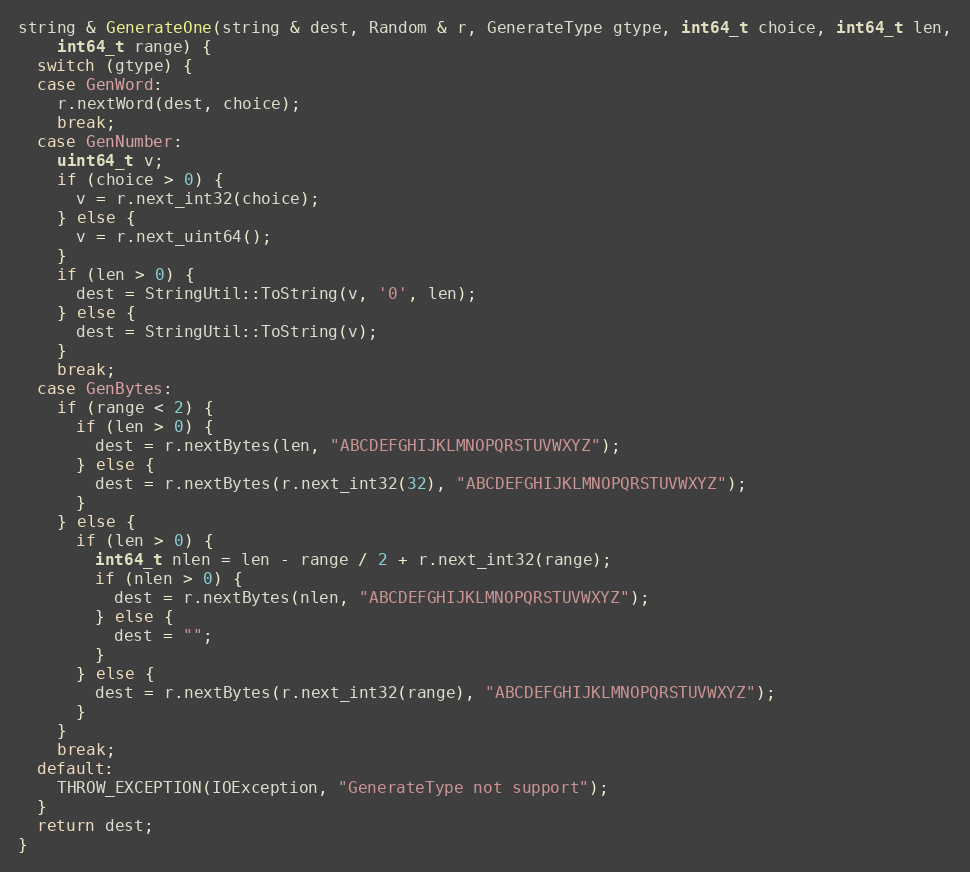
Language: C++
string & GenerateOne(string & dest, Random & r, GenerateType gtype, int64_t choice, int64_t len,
    int64_t range) {
  switch (gtype) {
  case GenWord:
    r.nextWord(dest, choice);
    break;
  case GenNumber:
    uint64_t v;
    if (choice > 0) {
      v = r.next_int32(choice);
    } else {
      v = r.next_uint64();
    }
    if (len > 0) {
      dest = StringUtil::ToString(v, '0', len);
    } else {
      dest = StringUtil::ToString(v);
    }
    break;
  case GenBytes:
    if (range < 2) {
      if (len > 0) {
        dest = r.nextBytes(len, "ABCDEFGHIJKLMNOPQRSTUVWXYZ");
      } else {
        dest = r.nextBytes(r.next_int32(32), "ABCDEFGHIJKLMNOPQRSTUVWXYZ");
      }
    } else {
      if (len > 0) {
        int64_t nlen = len - range / 2 + r.next_int32(range);
        if (nlen > 0) {
          dest = r.nextBytes(nlen, "ABCDEFGHIJKLMNOPQRSTUVWXYZ");
        } else {
          dest = "";
        }
      } else {
        dest = r.nextBytes(r.next_int32(range), "ABCDEFGHIJKLMNOPQRSTUVWXYZ");
      }
    }
    break;
  default:
    THROW_EXCEPTION(IOException, "GenerateType not support");
  }
  return dest;
}